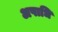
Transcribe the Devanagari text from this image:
अपाधि